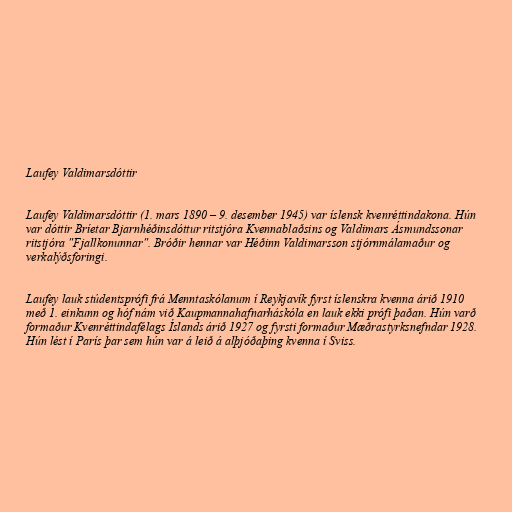
Laufey Valdimarsdóttir

Laufey Valdimarsdóttir (1. mars 1890 – 9. desember 1945) var íslensk kvenréttindakona. Hún
var dóttir Bríetar Bjarnhéðinsdóttur ritstjóra Kvennablaðsins og Valdimars Ásmundssonar
ritstjóra "Fjallkonunnar". Bróðir hennar var Héðinn Valdimarsson stjórnmálamaður og
verkalýðsforingi.

Laufey lauk stúdentsprófi frá Menntaskólanum í Reykjavík fyrst íslenskra kvenna árið 1910
með 1. einkunn og hóf nám við Kaupmannahafnarháskóla en lauk ekki prófi þaðan. Hún varð
formaður Kvenréttindafélags Íslands árið 1927 og fyrsti formaður Mæðrastyrksnefndar 1928.
Hún lést í París þar sem hún var á leið á alþjóðaþing kvenna í Sviss.